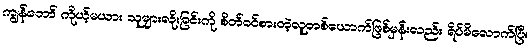
ကျွန်တော် ကိုယ့်မယား သူများလိုးခြင်းကို စိတ်ဝင်စားတဲ့လူတစ်ယောက်ဖြစ်မှန်းလည်း ရိပ်မိလောက်ပြီ။